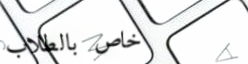
خاص بالطلاب